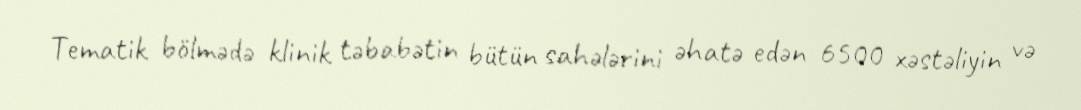
Tematik bölmədə klinik təbabətin bütün sahələrini əhatə edən 6500 xəstəliyin və